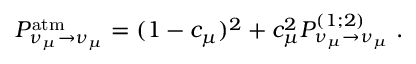
P _ { \nu _ { \mu } \rightarrow \nu _ { \mu } } ^ { \mathrm { a t m } } = ( 1 - c _ { \mu } ) ^ { 2 } + c _ { \mu } ^ { 2 } P _ { \nu _ { \mu } \rightarrow \nu _ { \mu } } ^ { ( 1 ; 2 ) } \; .